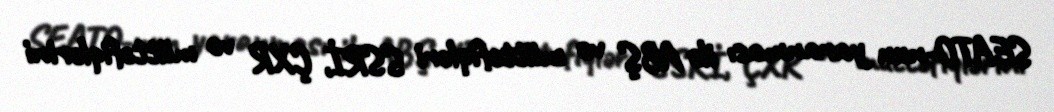
SEATO-nun yaranması ilə ABŞ və müttəfiqləri SSRİ, ÇXR və müttəfiqlərini